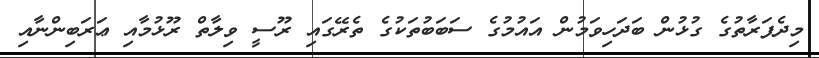
މިދެފަރާތުގެ ގުޅުން ބަދަހިވަމުން އައުމުގެ ސަބަބުތަކުގެ ތެރޭގައި ރޫސީ ވިލާތް ރޫޅުމާއި ޢަރަބިންނާއި